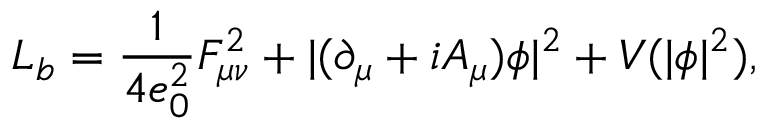
{ \cal L } _ { b } = \frac { 1 } { 4 e _ { 0 } ^ { 2 } } F _ { \mu \nu } ^ { 2 } + | ( \partial _ { \mu } + i A _ { \mu } ) \phi | ^ { 2 } + V ( | \phi | ^ { 2 } ) ,